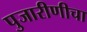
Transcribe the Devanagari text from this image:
पुजारीणीचा